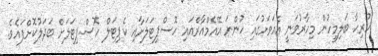
ހުރިހާ ބަލިމީހުން މިހާރުވަނީ އެއަވަށުގައި ހުންނަ އޭއެމްއާރްއައި ހޮސްޕިޓަލަށާއި ކެޕިޓަލް ހޮސްޕިޓަލަށް ބަދަލުކޮށްފައެވެ.